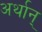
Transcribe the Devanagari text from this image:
अर्थान्